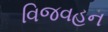
વિજવહન